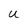
Character: U